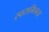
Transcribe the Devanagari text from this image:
स्वराभिनय